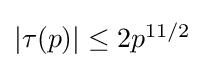
{\textstyle \vert \tau (p)\vert \leq 2p^{11/2}}